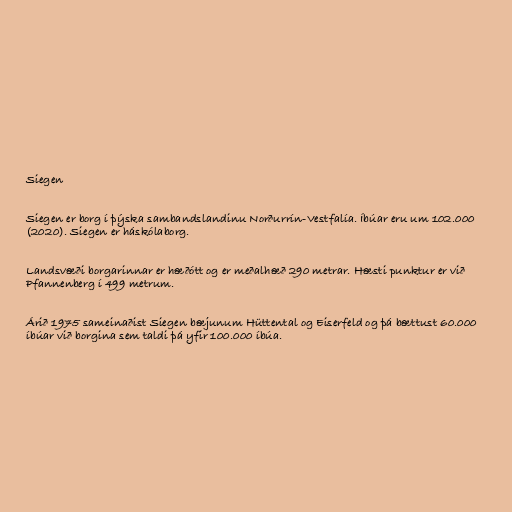
Siegen

Siegen er borg í þýska sambandslandinu Norðurrín-Vestfalía. Íbúar eru um 102.000
(2020). Siegen er háskólaborg.

Landsvæði borgarinnar er hæðótt og er meðalhæð 290 metrar. Hæsti punktur er við
Pfannenberg í 499 metrum.

Árið 1975 sameinaðist Siegen bæjunum Hüttental og Eiserfeld og þá bættust 60.000
íbúar við borgina sem taldi þá yfir 100.000 íbúa.